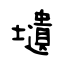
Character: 壝